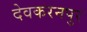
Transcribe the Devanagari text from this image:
देवकरनपुर